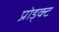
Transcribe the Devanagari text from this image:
प्रोड्क्ट